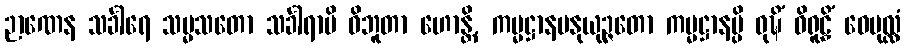
ဉာဏေန သင်္ခါရေ သမ္မသတော သင်္ခါရာပိ ဝိဘူတာ ဟောန္တိ, ကမ္မဋ္ဌာနမနုယုဉ္ဇတော ကမ္မဋ္ဌာနမ္ပိ ဝုဍ္ဎိံ ဝိရူဠှိံ ဝေပုလ္လံ